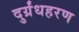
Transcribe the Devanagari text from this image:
दुर्ग्रंधहरण